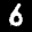
Label: 6